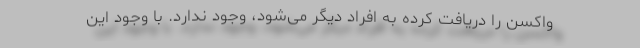
واکسن را دریافت کرده به افراد دیگر می‌شود، وجود ندارد. با وجود این